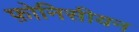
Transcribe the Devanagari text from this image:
फ़ोनिसीयन